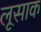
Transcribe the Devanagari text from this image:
लूसाक